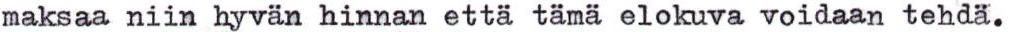
maksaa niin hyvän hinnan että tämä  elokuva voidaan tehdä.